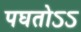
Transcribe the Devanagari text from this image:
पघतोऽऽ